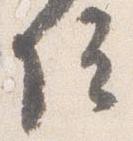
院